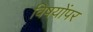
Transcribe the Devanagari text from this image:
विषयोंपर